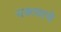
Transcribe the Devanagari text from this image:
वक्त्याचे